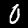
Label: 0